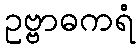
ဥဗ္ဗာဓကရံ